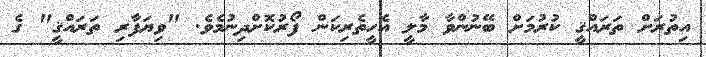
އިތުރަށް ތަރައްޤީ ކުރުމަށް ބޭނުންވާ މާލީ އެހީތެރިކަން ފޯރުކޮށްދިނުމެވެ. "ވިޔަފާރި ތަރައްޤީ" ގެ